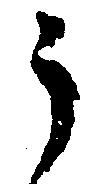
う